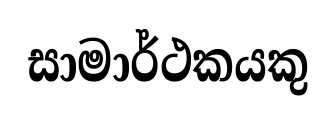
සාමාර්ථකයකු